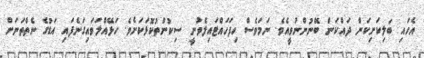
އެހައި ބަލިކަށިކަން ދައްކަން ބޭނުންނުވީއެވެ. ނަމަވެސް ހިފަހައްޓައިލެވުނީ ސިކުންތުކޮޅަކަށެވެ. ހަޅޭއްލަވައިގަނެފައި އަޑުގެ ނެތްތަނަށް